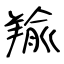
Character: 羭